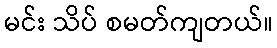
မင်း သိပ် စမတ်ကျတယ်။